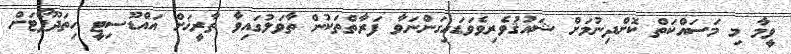
ވީމާ މި މަސައްކަތް ކޮށްދިނުމަށް ޝައުޤުވެރިވެވަޑައިގަންނަވާ ފަރާތްތަކުން ތާވަލުގައިވާ ތާރީޚަށް އައްޑޫސިޓީ ހިތަދޫޕޯޓަށް